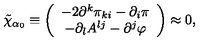
\tilde { \chi } _ { \alpha _ { 0 } } \equiv \left( \begin{array} { c } { - 2 \partial ^ { k } \pi _ { k i } - \partial _ { i } \pi } \\ { - \partial _ { l } A ^ { l j } - \partial ^ { j } \varphi } \\ \end{array} \right) \approx 0 ,